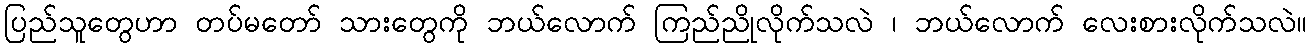
ပြည်သူတွေဟာ တပ်မတော် သားတွေကို ဘယ်လောက် ကြည်ညိုလိုက်သလဲ ၊ ဘယ်လောက် လေးစားလိုက်သလဲ။